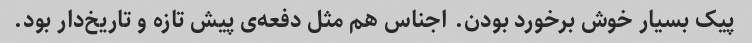
پیک بسیار خوش برخورد بودن. اجناس هم مثل دفعه‌ی پیش تازه و تاریخ‌دار بود.